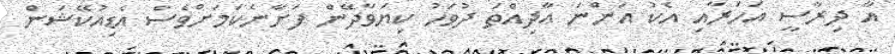
އާ ދިރާސީ އަހަރާއި އެކު އަންނަ އާދިއްތަ ދުވަހު ކިޔަވާދޭން ފަށާނެކަމަށްވެސް އެޑިއުކޭޝަން